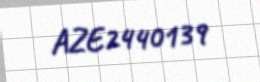
AZE2440139